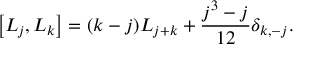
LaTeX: \left[ { \cal L } _ { j } , { \cal L } _ { k } \right] = ( k - j ) { \cal L } _ { j + k } + { \frac { j ^ { 3 } - j } { 1 2 } } \delta _ { k , - j } .